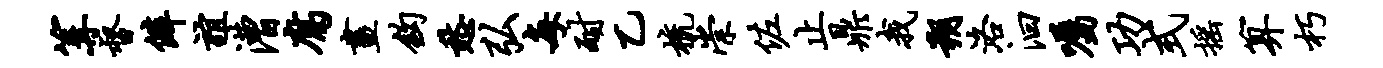
篝督僻谊漕腐画钩愁弘每耐乙梳崇佐止鼎我朔洛汩嘱功式摇算朽